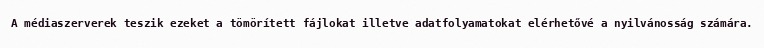
A médiaszerverek teszik ezeket a tömörített fájlokat illetve adatfolyamatokat elérhetővé a nyilvánosság számára.